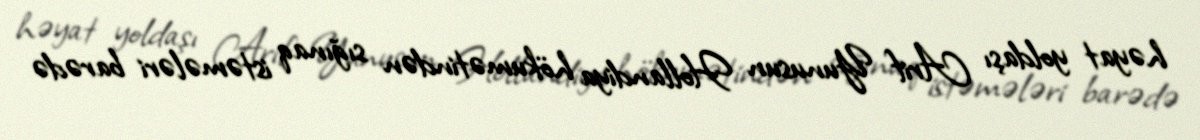
həyat yoldaşı Arif Yunusun Hollandiya hökumətindən sığınaq istəmələri barədə